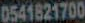
0541821700